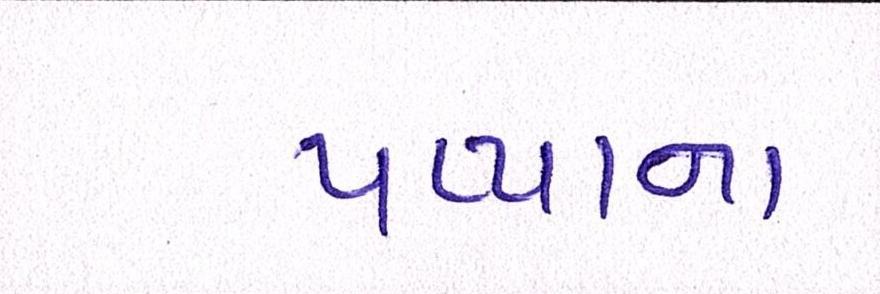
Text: પપ્પાના